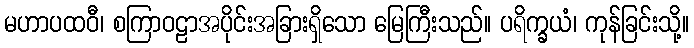
မဟာပထဝီ၊ စကြာဝဠာအပိုင်းအခြားရှိသော မြေကြီးသည်။ ပရိက္ခယံ၊ ကုန်ခြင်းသို့။